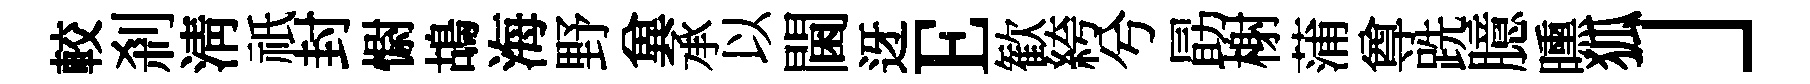
較刹清祇封𢠢鴣海野兾承以閫迓E歓絝兮勗榭蒲尊跣臆曛狐」